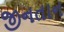
જીનતાન